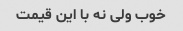
خوب ولی نه با این قیمت